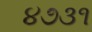
૪૭૩૧